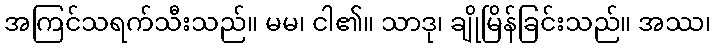
အကြင်သရက်သီးသည်။ မမ၊ ငါ၏။ သာဒု၊ ချိုမြိန်ခြင်းသည်။ အဿ၊